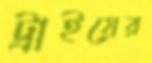
ট্রাইয়ের